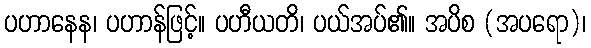
ပဟာနေန၊ ပဟာန်ဖြင့်။ ပဟီယတိ၊ ပယ်အပ်၏။ အပိစ (အပရော)၊